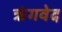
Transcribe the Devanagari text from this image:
ऋंगवेद